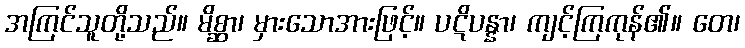
အကြင်သူတို့သည်။ မိစ္ဆာ၊ မှားသောအားဖြင့်။ ပဋိပန္နာ၊ ကျင့်ကြကုန်၏။ တေ၊